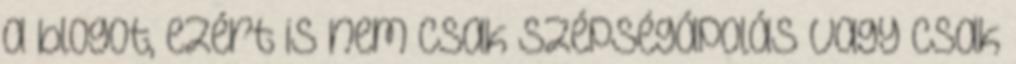
a blogot, ezért is nem csak szépségápolás vagy csak